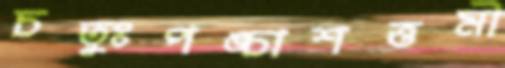
চতুঃপঙ্চাশত্তমী